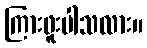
ကြားဖူးပါသလား။